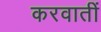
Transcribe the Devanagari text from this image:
करवातीं